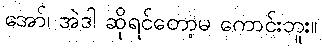
အော်၊ အဲဒါ ဆိုရင်တော့မ ကောင်းဘူး။